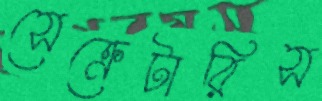
সেক্রেটারিস